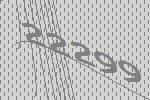
22299